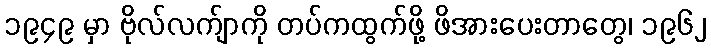
၁၉၄၉ မှာ ဗိုလ်လက်ျာကို တပ်ကထွက်ဖို့ ဖိအားပေးတာတွေ၊ ၁၉၆၂